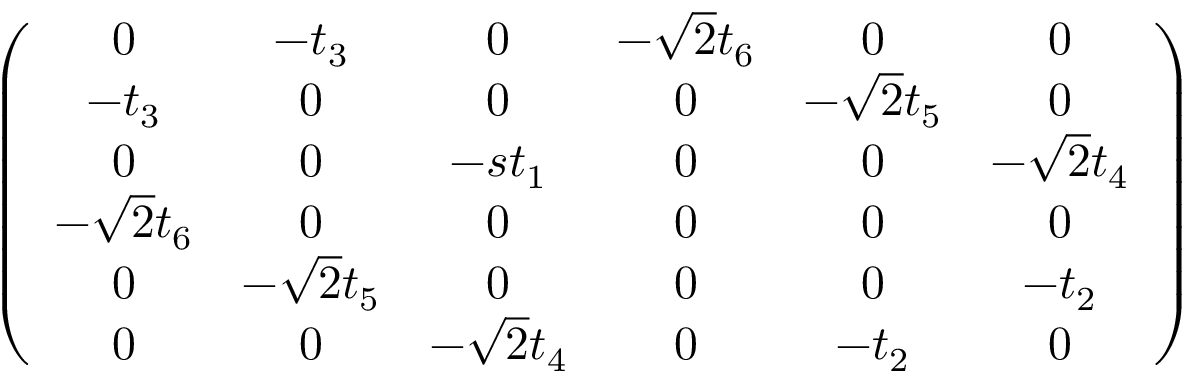
\begin{array} { r } { \left( \begin{array} { c c c c c c } { 0 } & { - t _ { 3 } } & { 0 } & { - \sqrt { 2 } t _ { 6 } } & { 0 } & { 0 } \\ { - t _ { 3 } } & { 0 } & { 0 } & { 0 } & { - \sqrt { 2 } t _ { 5 } } & { 0 } \\ { 0 } & { 0 } & { - s t _ { 1 } } & { 0 } & { 0 } & { - \sqrt { 2 } t _ { 4 } } \\ { - \sqrt { 2 } t _ { 6 } } & { 0 } & { 0 } & { 0 } & { 0 } & { 0 } \\ { 0 } & { - \sqrt { 2 } t _ { 5 } } & { 0 } & { 0 } & { 0 } & { - t _ { 2 } } \\ { 0 } & { 0 } & { - \sqrt { 2 } t _ { 4 } } & { 0 } & { - t _ { 2 } } & { 0 } \end{array} \right) } \end{array}